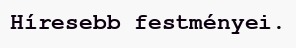
Híresebb festményei.